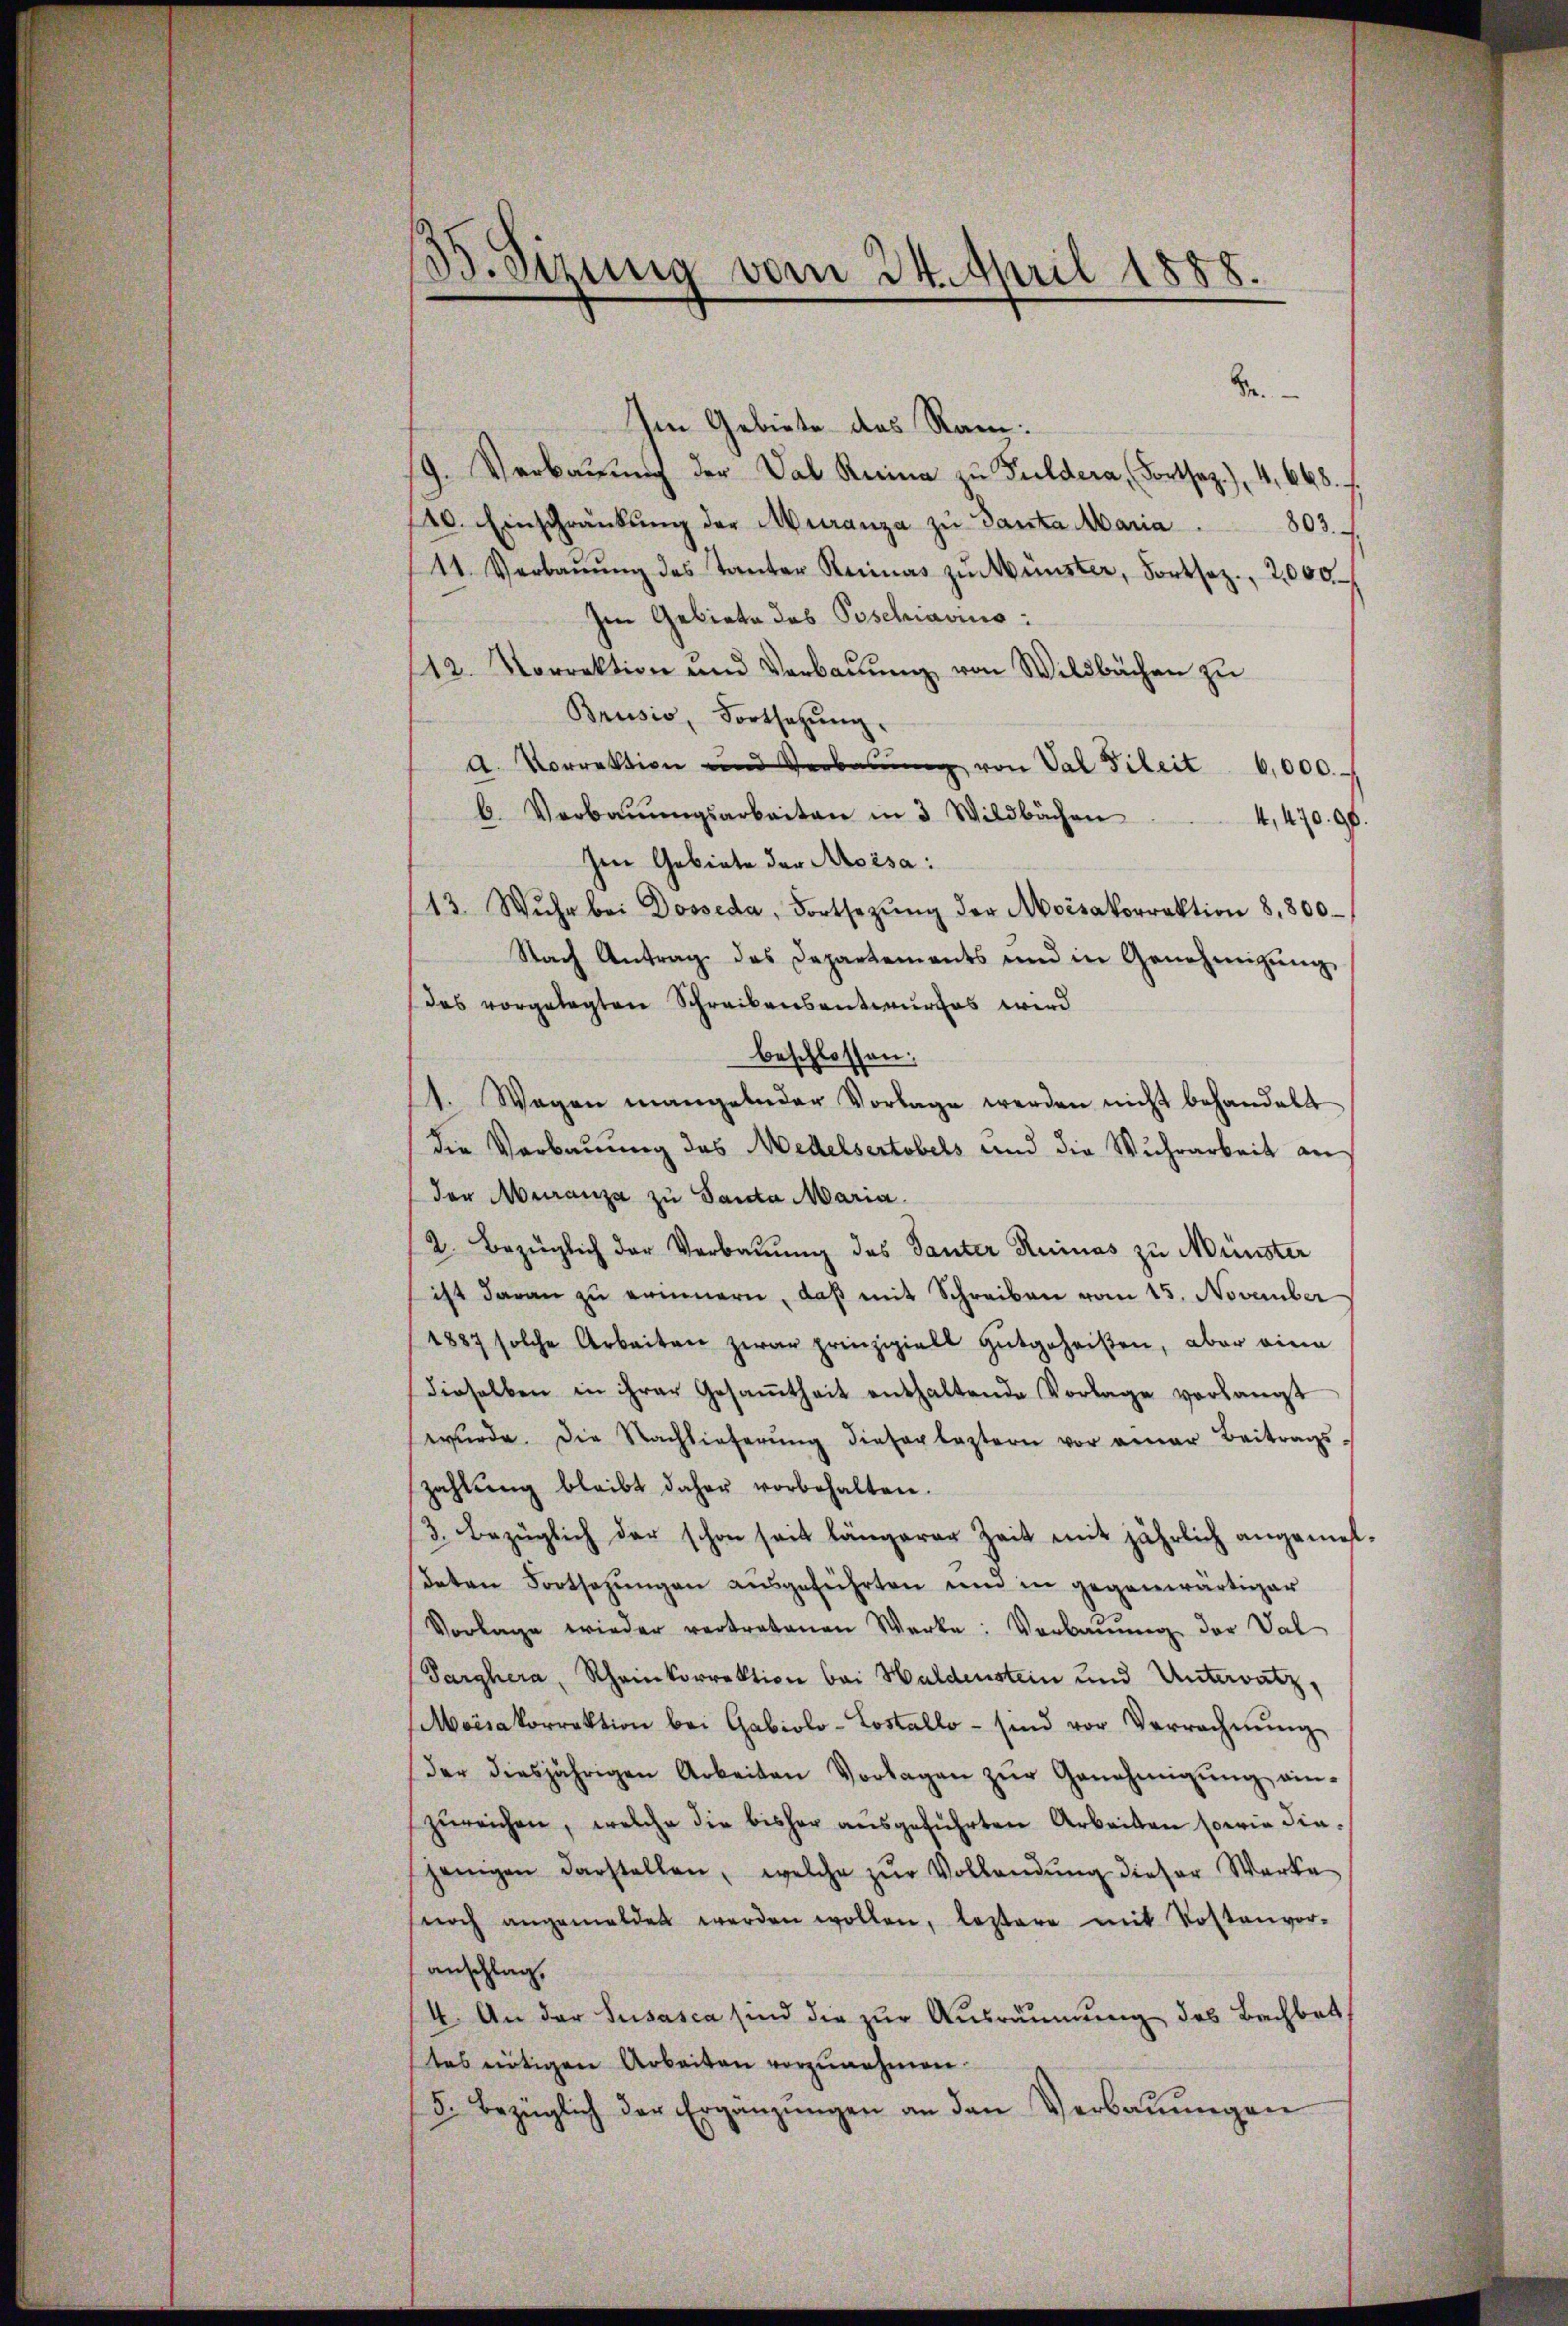
35. Sizung vom 24. April 1888.

Se.
Im Gebiete des Ram:
9. Verbauung der Val Reina zu Guldera, Fortsaz.), 4, 668.
40. Einschränkung der Muranza zŭ Ganta Maria. 803.
44. Verbaŭŭng des Tanten Reimas zŭrünster, Fortsez., 2000
Im Gebiete das Poschiavio:
12. Vorrektion und Verbaŭŭng von Wildbachen zu
Brusio, Fortsehŭng.
a. Vorrektion und Verbaŭŭng von Val Fileit 6,000.-
b. Verbaŭŭngsarbeiten in 3 Wildbachen
4,470. 90.
Ien Gebiete der Moisa:
43 Wŭhr bei Dosseda, Fortsezŭng der Moisakorrektion 8,800
Nach Antrag des Departements und in Genehmigŭng
(des vorgelegten Schreibensentwurfes wird
beschlossen:
1. Wagen mangelnder Vorlage werden nicht behandelt
die Verbauung des Medelsertobels und die Wuhrarbeit an
der Muranza zu Santa Maria
2. Bezüglich der Verbaŭŭng des Tanter Ruinas zu Münster
ist daran zu erinnern, daβ mit Schreiben vom 15. November
1887 solche Arbeiten zwar prinzipiell gutgeheißen, aber eine
dieselben in ihrer Gesamtheit enthaltende Vorlage verlangt
wŭrde. Die Nachlieferŭng dieser leztern vor einer Beitrags-
zahlŭng bleibt daher vorbehalten.
3. Bezüglich der schon seit längerer Zeit mit jährlich angemel-
deten Fortsezŭngen aŭsgeführten und in gegenwärtiger
Vorlage wieder vertretenen Werke: Verbaŭŭng der Val
Parghera, Rheinkorrektion bei Haldenstein und Untervatz,
Moisakorrektion bei Gabiolo-Lostallo sind vor Verrechnŭng
der diesjährigen Arbeiten Vorlagen zŭr Genehmigŭng ein-
zureichen, welche die bisher ausgeführten Arbeiten sowie diejenigen darstellen, welche zŭr Vollendŭng dieser Werke
noch angemeldet werden wollen, leztere mit Postenvor-
anschlag,
4. An der Susasca sind die zur Ausräumung des Bachbettes nötigen Arbeiten vorzunehmen.
5. Bezüglich der Ergänzŭngen an den Verbauungen